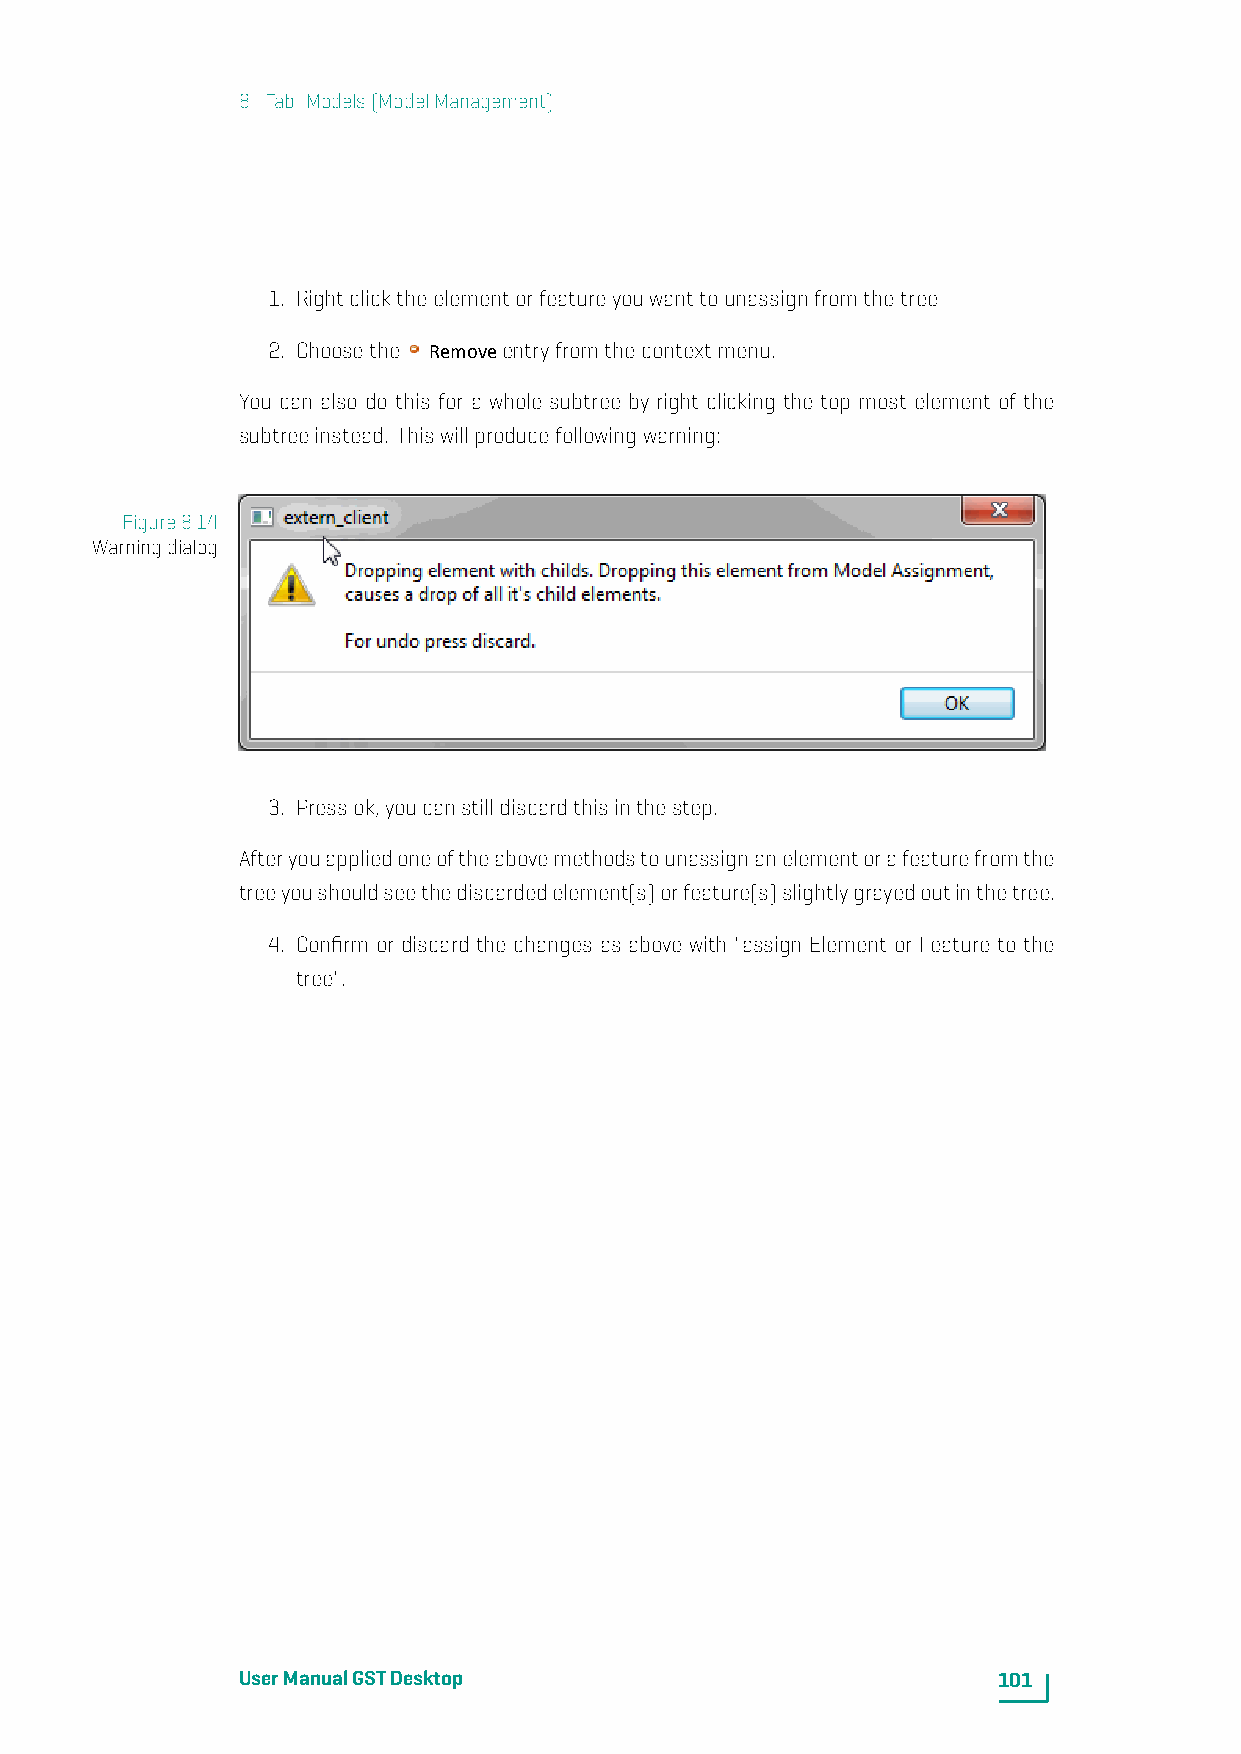
8. Tab: Models(ModelManagement)
 1. Rightclicktheelementorfeatureyouwanttounassignfromthetree
 2. Choosethe Removeentryfromthecontextmenu.
 You can also do this for a whole subtree by right clicking the top most element of the
 subtreeinstead. Thiswillproducefollowingwarning:
 Figure8.14
 Warningdialog
 3. Pressok,youcanstilldiscardthisinthestep.
 Afteryouappliedoneoftheabovemethodstounassignanelementorafeaturefromthe
 treeyoushouldseethediscardedelement(s)orfeature(s)slightlygrayedoutinthetree.
 4. Confirm or discard the changes as above with "assign Element or Feature to the
 tree".
 UserManualGSTDesktop                              101